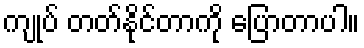
ကျုပ် တတ်နိုင်တာကို ပြောတာပါ။